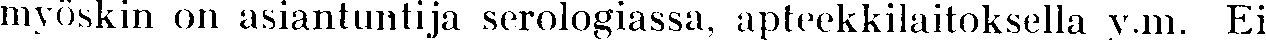
myöskin on asiantuntija serologiassa, apteekkilaitoksella y.m. Ei